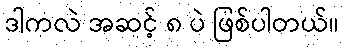
ဒါကလဲ အဆင့် ၈ ပဲ ဖြစ်ပါတယ်။